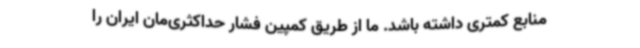
منابع کمتری داشته باشد. ما از طریق کمپین فشار حداکثری‌مان ایران را